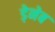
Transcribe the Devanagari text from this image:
ड़ेनेब